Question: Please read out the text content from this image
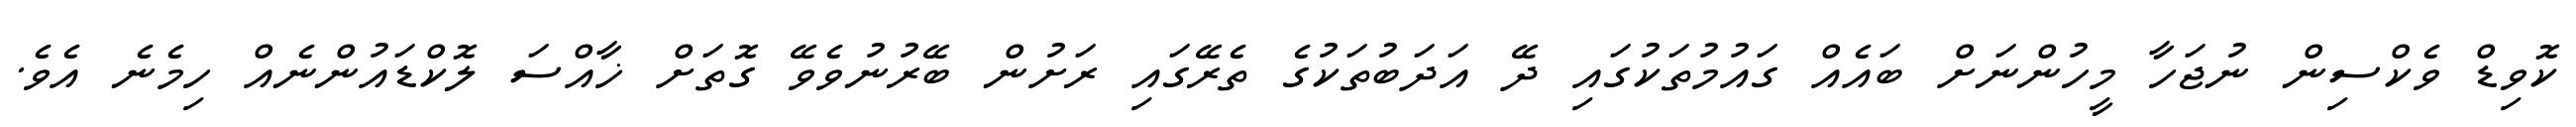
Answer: ކޮވިޑް ވެކްސިން ނުޖަހާ މީހުންނަށް ބައެއް ގައުމުތަކުގައި ދޭ އަދަބުތަކުގެ ތެރޭގައި ރަށުން ބޭރުނުވެވޭ ގޮތަށް ޚާއްސަ ލޮކްޑައުންނެއް ހިމެނެ އެވެ.